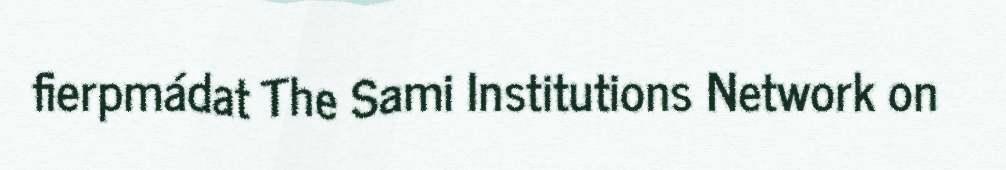
fierpmádat The Sami Institutions Network on